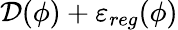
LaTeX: \mathcal{D}(\phi)+\varepsilon_{reg}(\phi)